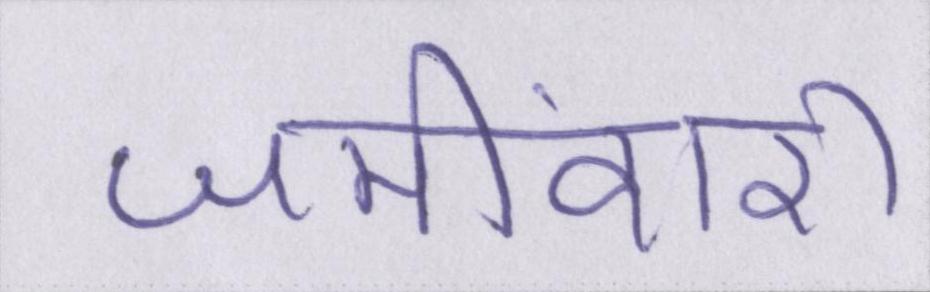
जमींदारी